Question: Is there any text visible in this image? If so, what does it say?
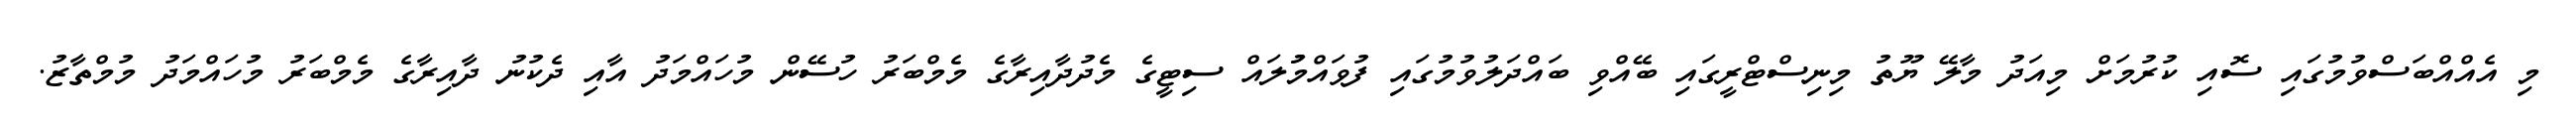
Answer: މި އެއްއްބަސްވުމުގައި ސޮއި ކުރުމަށް މިއަދު މާލޭ ޔޫތު މިނިސްޓްރީގައި ބޭއްވި ބައްދަލުވުމުގައި ފުވައްމުުލައް ސިޓީގެ މެދުދާއިރާގެ މެމްބަރު ހުސޭން މުހައްމަދު އާއި ދެކުނު ދާއިރާގެ މެމްބަރު މުހައްމަދު މުމްތާޒު.